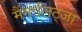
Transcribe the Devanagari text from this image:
मैंगालिट्जा